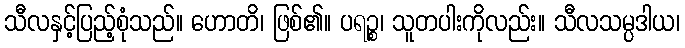
သီလနှင့်ပြည့်စုံသည်။ ဟောတိ၊ ဖြစ်၏။ ပရဉ္စ၊ သူတပါးကိုလည်း။ သီလသမ္ပဒါယ၊